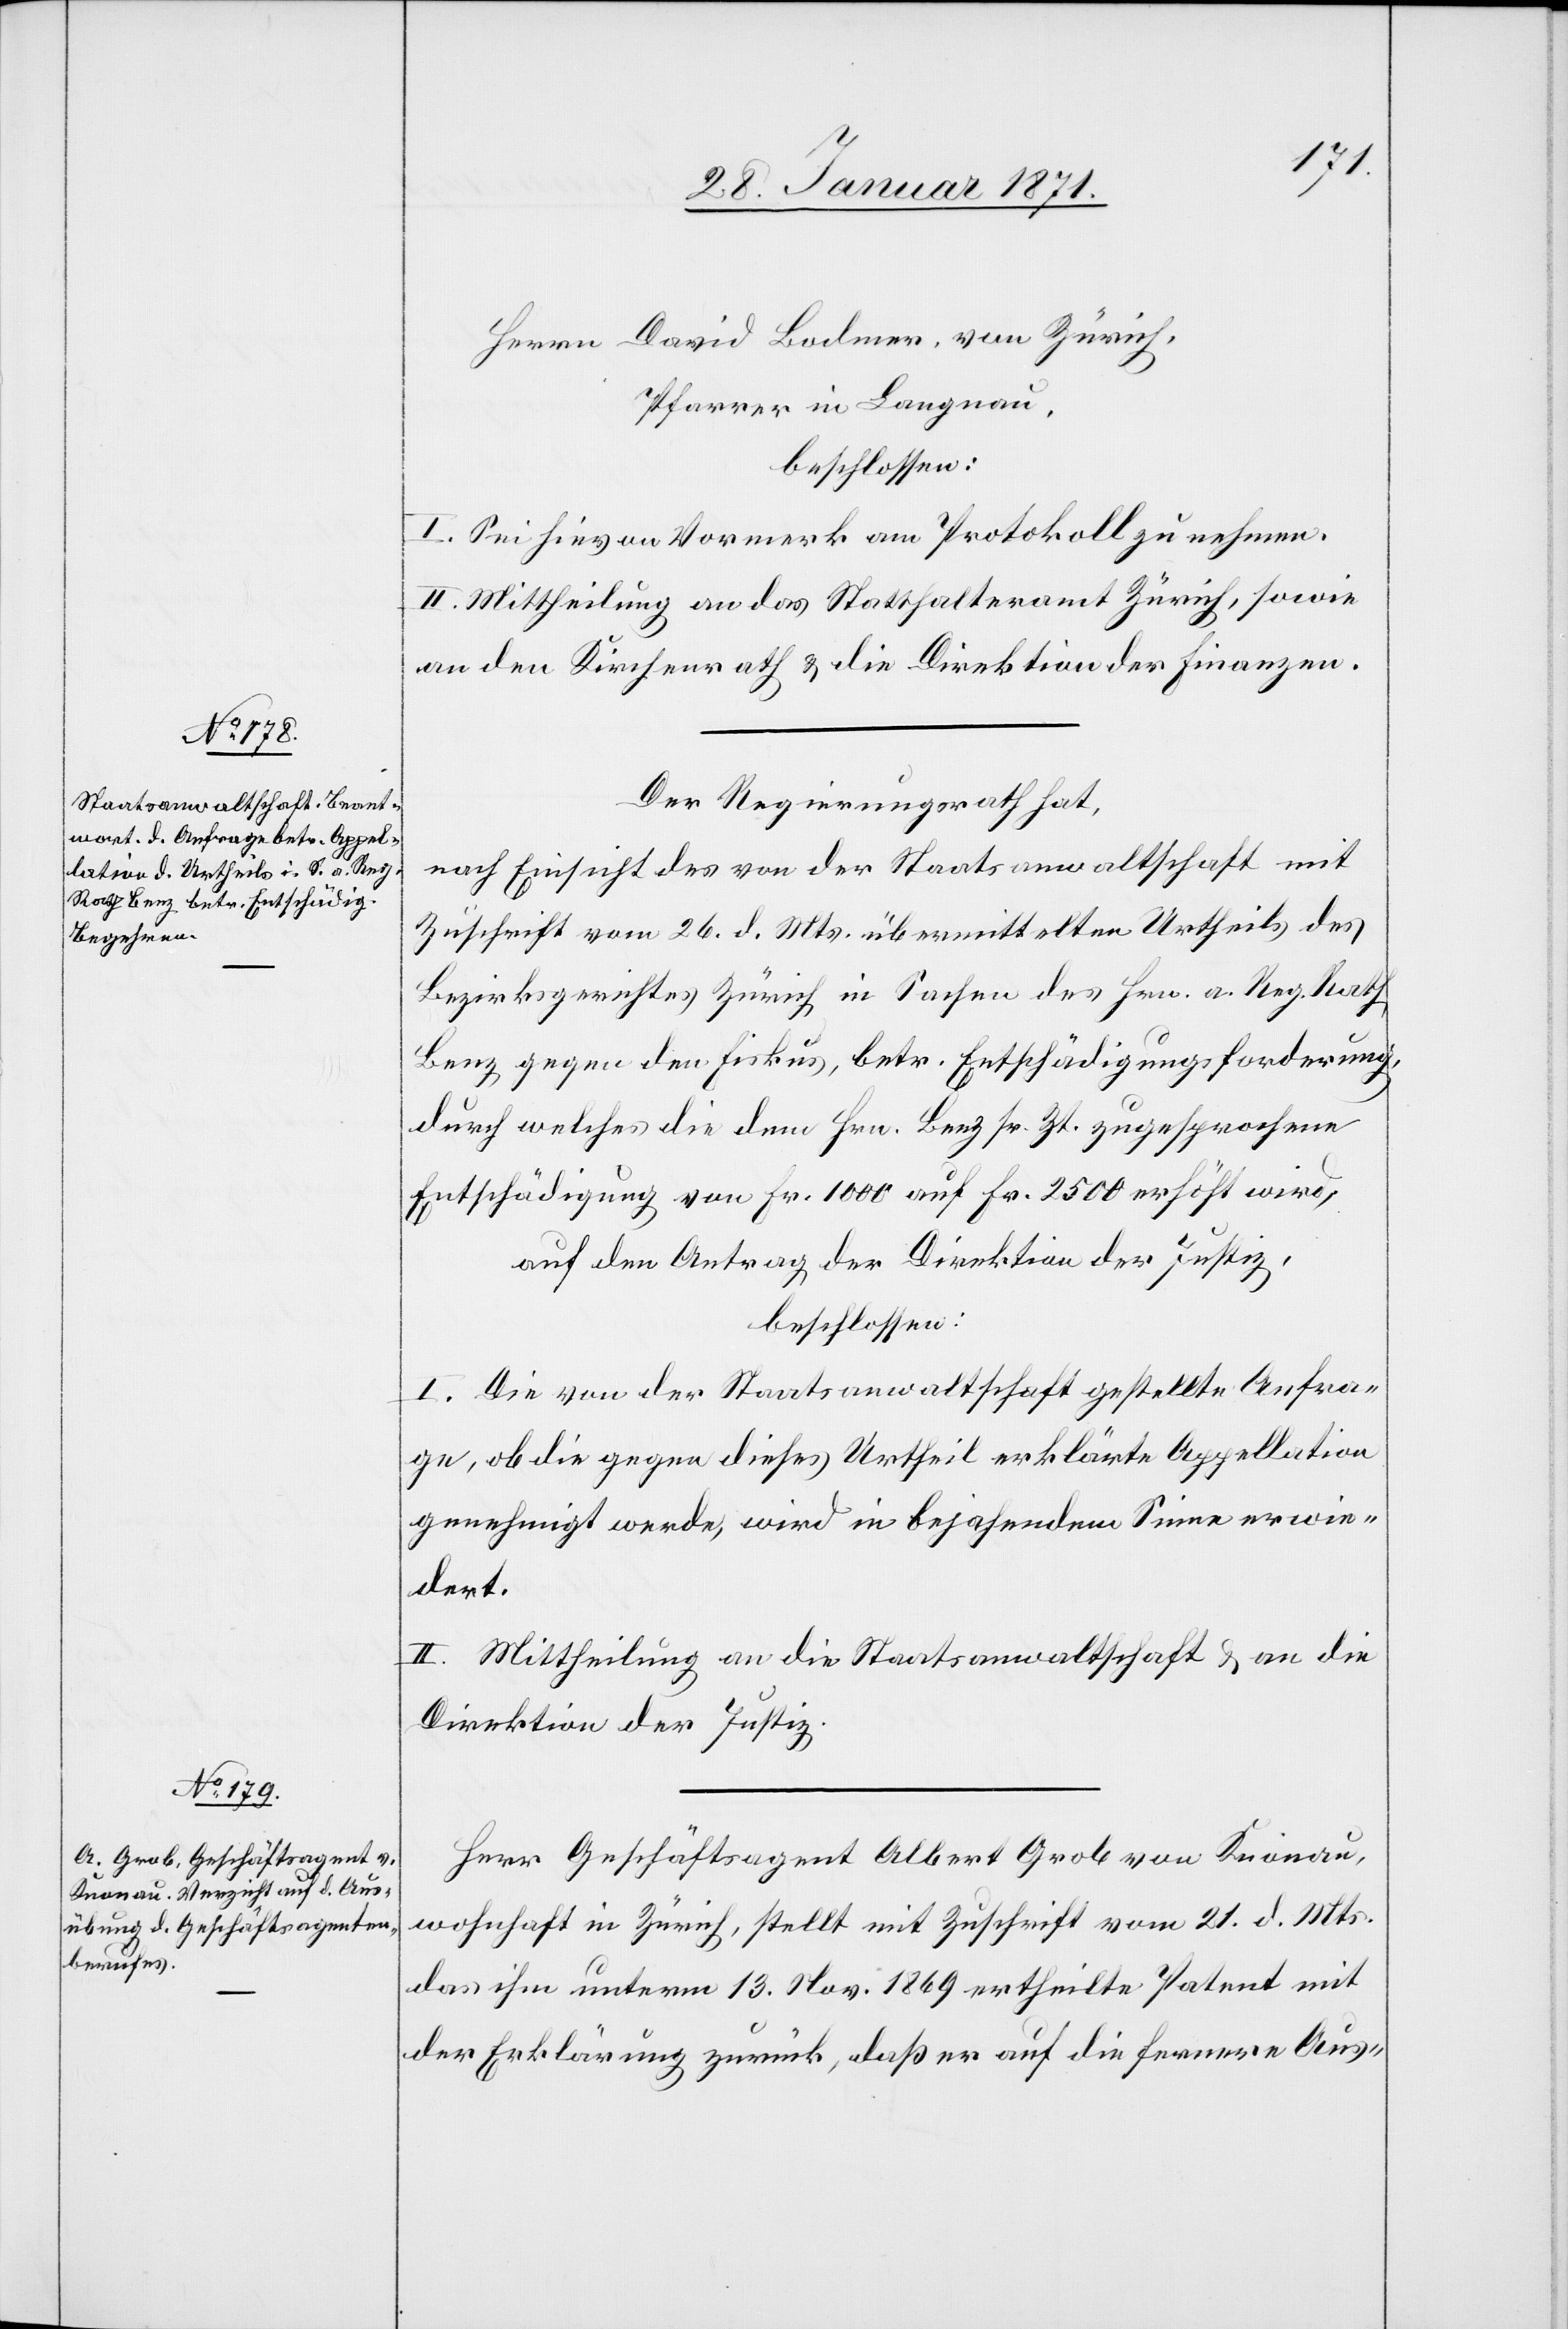
Herrn David Bodmer, von Zürich,
Pfarrer in Langnau,
beschlossen:
I. Sei hievon Vormerk am Protokoll zu nehmen.
II. Mittheilung an das Statthalteramt Zürich, sowie
an den Kirchenrath u. die Direktion der Finanzen.
Der Regierungsrath hat,
nach Einsicht des von der Staatsanwaltschaft mit
Zuschrift vom 26. d. Mts. übermittelten Urtheils des
Bezirksgerichtes Zürich in Sachen des Hrn. a. Reg. Rath.
Benz gegen den Fiskus, betr. Entschädigungsforderung,
durch welches die dem Hrn. Benz sr. Zt. zugesprochene
Entschädigung von Fr. 1000 auf Fr. 2500 erhöht wird,
auf den Antrag der Direktion der Justiz,
beschlossen:
I. Die von der Staatsanwaltschaft gestellte Anfra¬
ge, ob die gegen dieses Urtheil erklärte Appellation
genehmigt werde, wird in bejahendem Sinne erwie¬
dert.
II. Mittheilung an die Staatsanwaltschaft u. an die
Direktion der Justiz.
Herr Geschäftsagent Albert Grob von Knonau,
wohnhaft in Zürich, stellt mit Zuschrift vom 21. d Mts.
das ihm unterm 13. Nov. 1869 ertheilte Patent mit
der Erklärung zurück, daß er auf die fernere Aus-